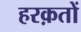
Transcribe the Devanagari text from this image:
हरक़तों